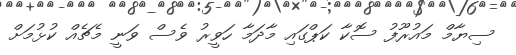
ސިޔާމް މައުރޫފު ސޮކާ ކަޕްގައި މާދަމާ ހަވީރު ވެސް ވަނީ މެޗެއް ކުޅުމަށް